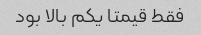
فقط قیمتا یکم بالا بود